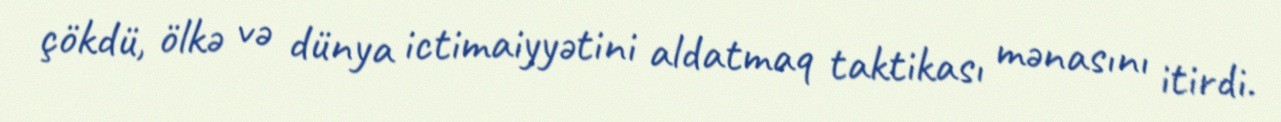
çökdü, ölkə və dünya ictimaiyyətini aldatmaq taktikası mənasını itirdi.